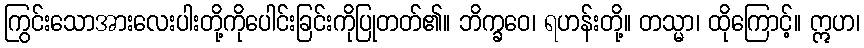
ကြွင်းသောအားလေးပါးတို့ကိုပေါင်းခြင်းကိုပြုတတ်၏။ ဘိက္ခဝေ၊ ရဟန်းတို့။ တသ္မာ၊ ထိုကြောင့်။ ဣဟ၊